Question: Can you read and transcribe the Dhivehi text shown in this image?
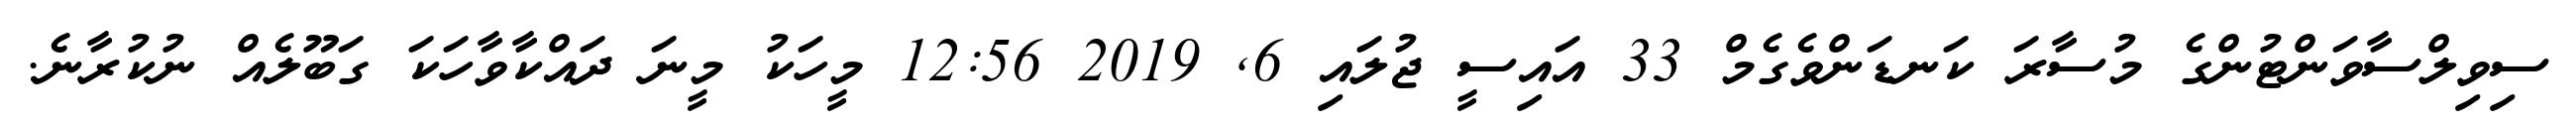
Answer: ސިވިލްސާވަންޓުންގެ މުސާރަ ކަނޑަންވެގެމް 33 އައިސީ ޖުލައި 6, 2019 12:56 މީހަކު މީނަ ދައްކާވާހަކަ ގަބޫލެއް ނުކުރާނެ.